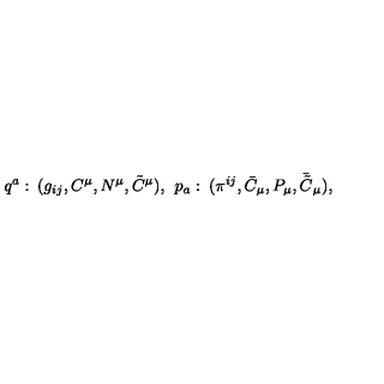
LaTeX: q ^ { a } : \: ( g _ { i j } , C ^ { \mu } , N ^ { \mu } , \tilde { C } ^ { \mu } ) , \: \: p _ { a } : \: ( \pi ^ { i j } , \bar { C } _ { \mu } , P _ { \mu } , \bar { \tilde { C } } _ { \mu } ) ,